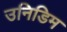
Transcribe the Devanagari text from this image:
उनिडिम